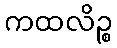
ကထလိဉ္စ